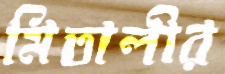
মিতালীর